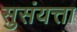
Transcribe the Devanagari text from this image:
सुसंयत्ता